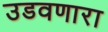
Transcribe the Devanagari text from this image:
उडवणारा